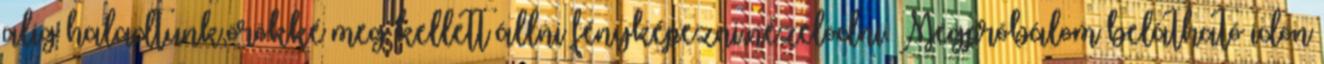
alig haladtunk,örökké meg kellett állni fényképezni,nézelödni. Megpróbálom belátható idön